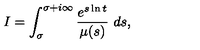
I = \int _ { \sigma } ^ { \sigma + i \infty } \frac { e ^ { s \ln t } } { \mu ( s ) } \ d s ,